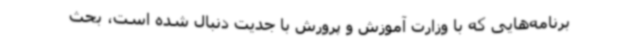
برنامه‌هایی که با وزارت آموزش و پرورش با جدیت دنبال شده است، بحث